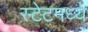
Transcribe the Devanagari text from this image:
स्टेटमध्ये